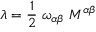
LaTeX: \lambda = \frac { 1 } { 2 } \; \omega _ { \alpha \beta } \; { \cal M } ^ { \alpha \beta }